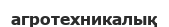
агротехникалық